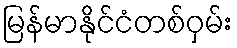
မြန်မာနိုင်ငံတစ်ဝှမ်း